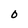
Character: 0